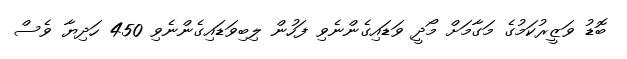
ބޮޑު ވަޒީރުކަމުގެ މަގާމަށް މޯދީ ވަޑައިގެންނެވި ފަހުން ލިބިވަޑައިގެންނެވި 450 ހަދިޔާ ވެސް